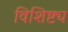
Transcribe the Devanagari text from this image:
विशिष्ट्य